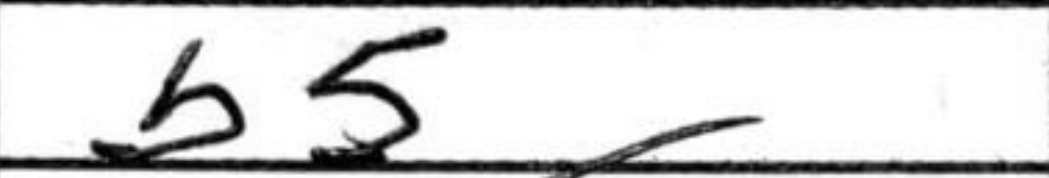
Transcription: b5